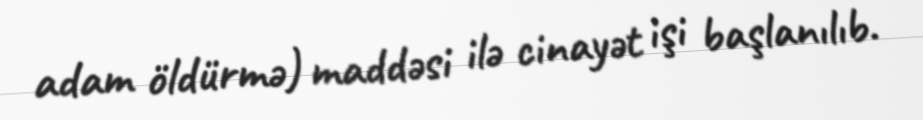
adam öldürmə) maddəsi ilə cinayət işi başlanılıb.